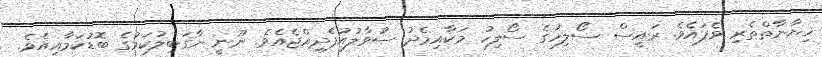
ޚިޔާނާތްތެރި ވެފައެވެ. ރައީސް ސޯލިހުގެ ސޯލިހު މަކާއިމެދު ސުވާލުއުފެދިއްޖެއެވެ. ނޫނީ ނާގަބިލުކަމުގެ ބޮޑުކަމާއިއެވެ.